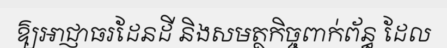
ឱ្យអាជ្ញាធរដែនដី និងសមត្ថកិច្ចពាក់ព័ន្ធ ដែល